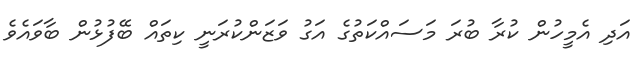
އަދި އެމީހުން ކުރާ ބުރަ މަސައްކަތުގެ އަގު ވަޒަންކުރަނީ ކިތައް ބޭފުޅުން ބާވައެވެ